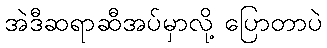
အဲဒီဆရာဆီအပ်မှာလို့ ပြောတာပဲ